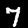
Digit: 7